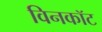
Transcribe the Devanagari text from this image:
विनकॉट